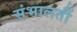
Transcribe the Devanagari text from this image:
संभालतीं